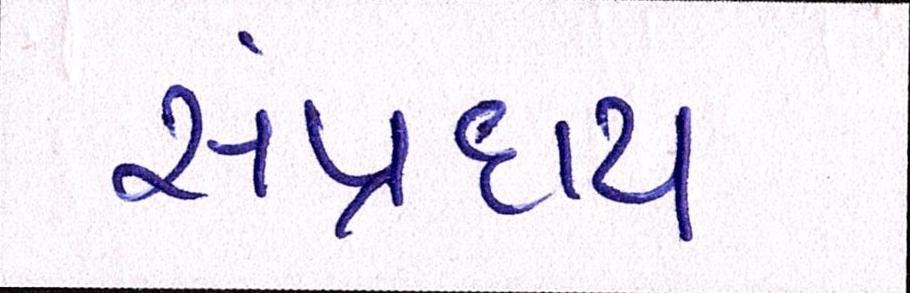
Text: સંપ્રદાય